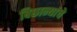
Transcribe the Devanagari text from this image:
बिछान्यांचे